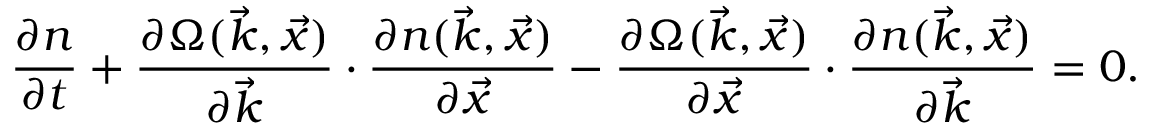
\frac { \partial n } { \partial t } + \frac { \partial \Omega ( \vec { k } , \vec { x } ) } { \partial \vec { k } } \cdot \frac { \partial n ( \vec { k } , \vec { x } ) } { \partial \vec { x } } - \frac { \partial \Omega ( \vec { k } , \vec { x } ) } { \partial \vec { x } } \cdot \frac { \partial n ( \vec { k } , \vec { x } ) } { \partial \vec { k } } = 0 .